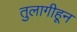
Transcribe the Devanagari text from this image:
तुलागीहून